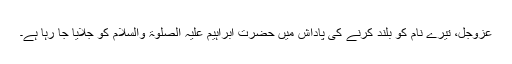
عَزَّوَجَلَّ، تیرے نام کو بلند کرنے کی پاداش میں حضرت ابراہیم عَلَیْہِ الصَّلٰوۃُ وَالسَّلَام کو جَلایا جا رہا ہے۔